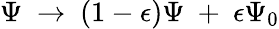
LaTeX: \Psi\ \to\ (1-\epsilon)\Psi\ +\ \epsilon\Psi_{0}